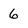
Character: 6